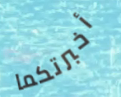
أخبرتكما